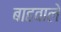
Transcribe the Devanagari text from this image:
बाहवाले